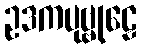
ဥဒကပုဗ္ဗုဠေ